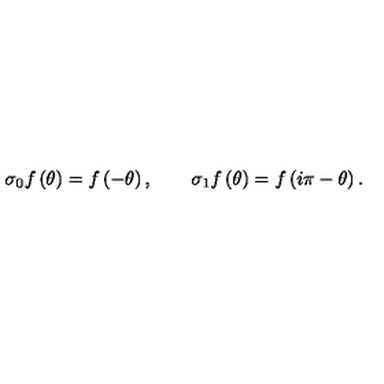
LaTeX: \sigma _ { 0 } f \left( \theta \right) = f \left( - \theta \right) , \qquad \sigma _ { 1 } f \left( \theta \right) = f \left( i \pi - \theta \right) .